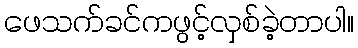
ဖေသက်ခင်ကဖွင့်လှစ်ခဲ့တာပါ။